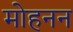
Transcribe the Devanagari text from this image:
मोहनन